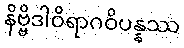
နိဗ္ဗိဒါဝိရာဂဝိပန္နဿ